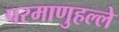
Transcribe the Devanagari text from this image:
परमाणुहल्ले